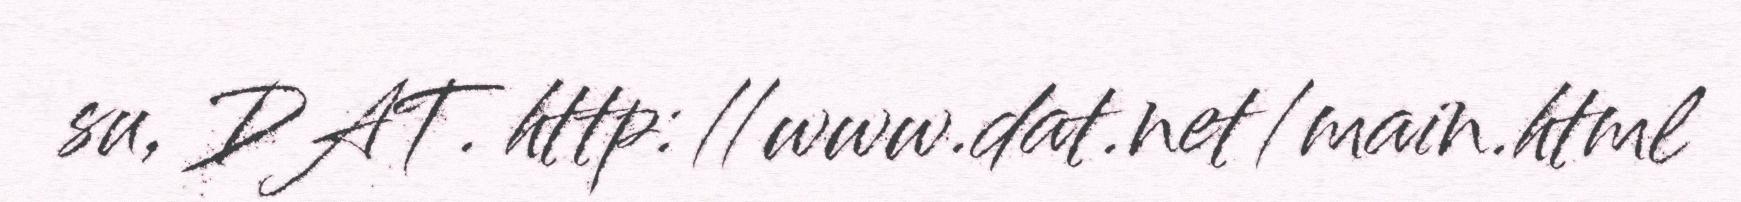
su, DAT. http://www.dat.net/main.html